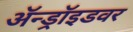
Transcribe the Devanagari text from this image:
ॲन्ड्रॉइडवर